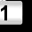
Digit: 1